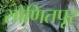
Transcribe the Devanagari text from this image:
सोणितपूर